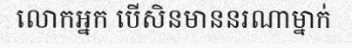
លោកអ្នក បើសិនមាននរណាម្នាក់